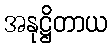
အနုဋ္ဌိတာယ